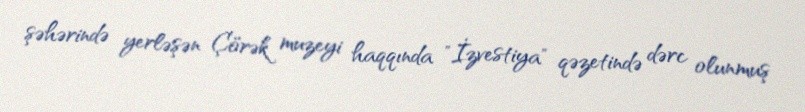
şəhərində yerləşən Çörək muzeyi haqqında "İzvestiya" qəzetində dərc olunmuş